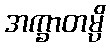
အက္ခာတမ္ပိ